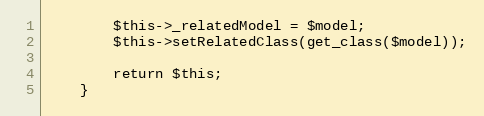
Language: PHP
        $this->_relatedModel = $model;
        $this->setRelatedClass(get_class($model));

        return $this;
    }